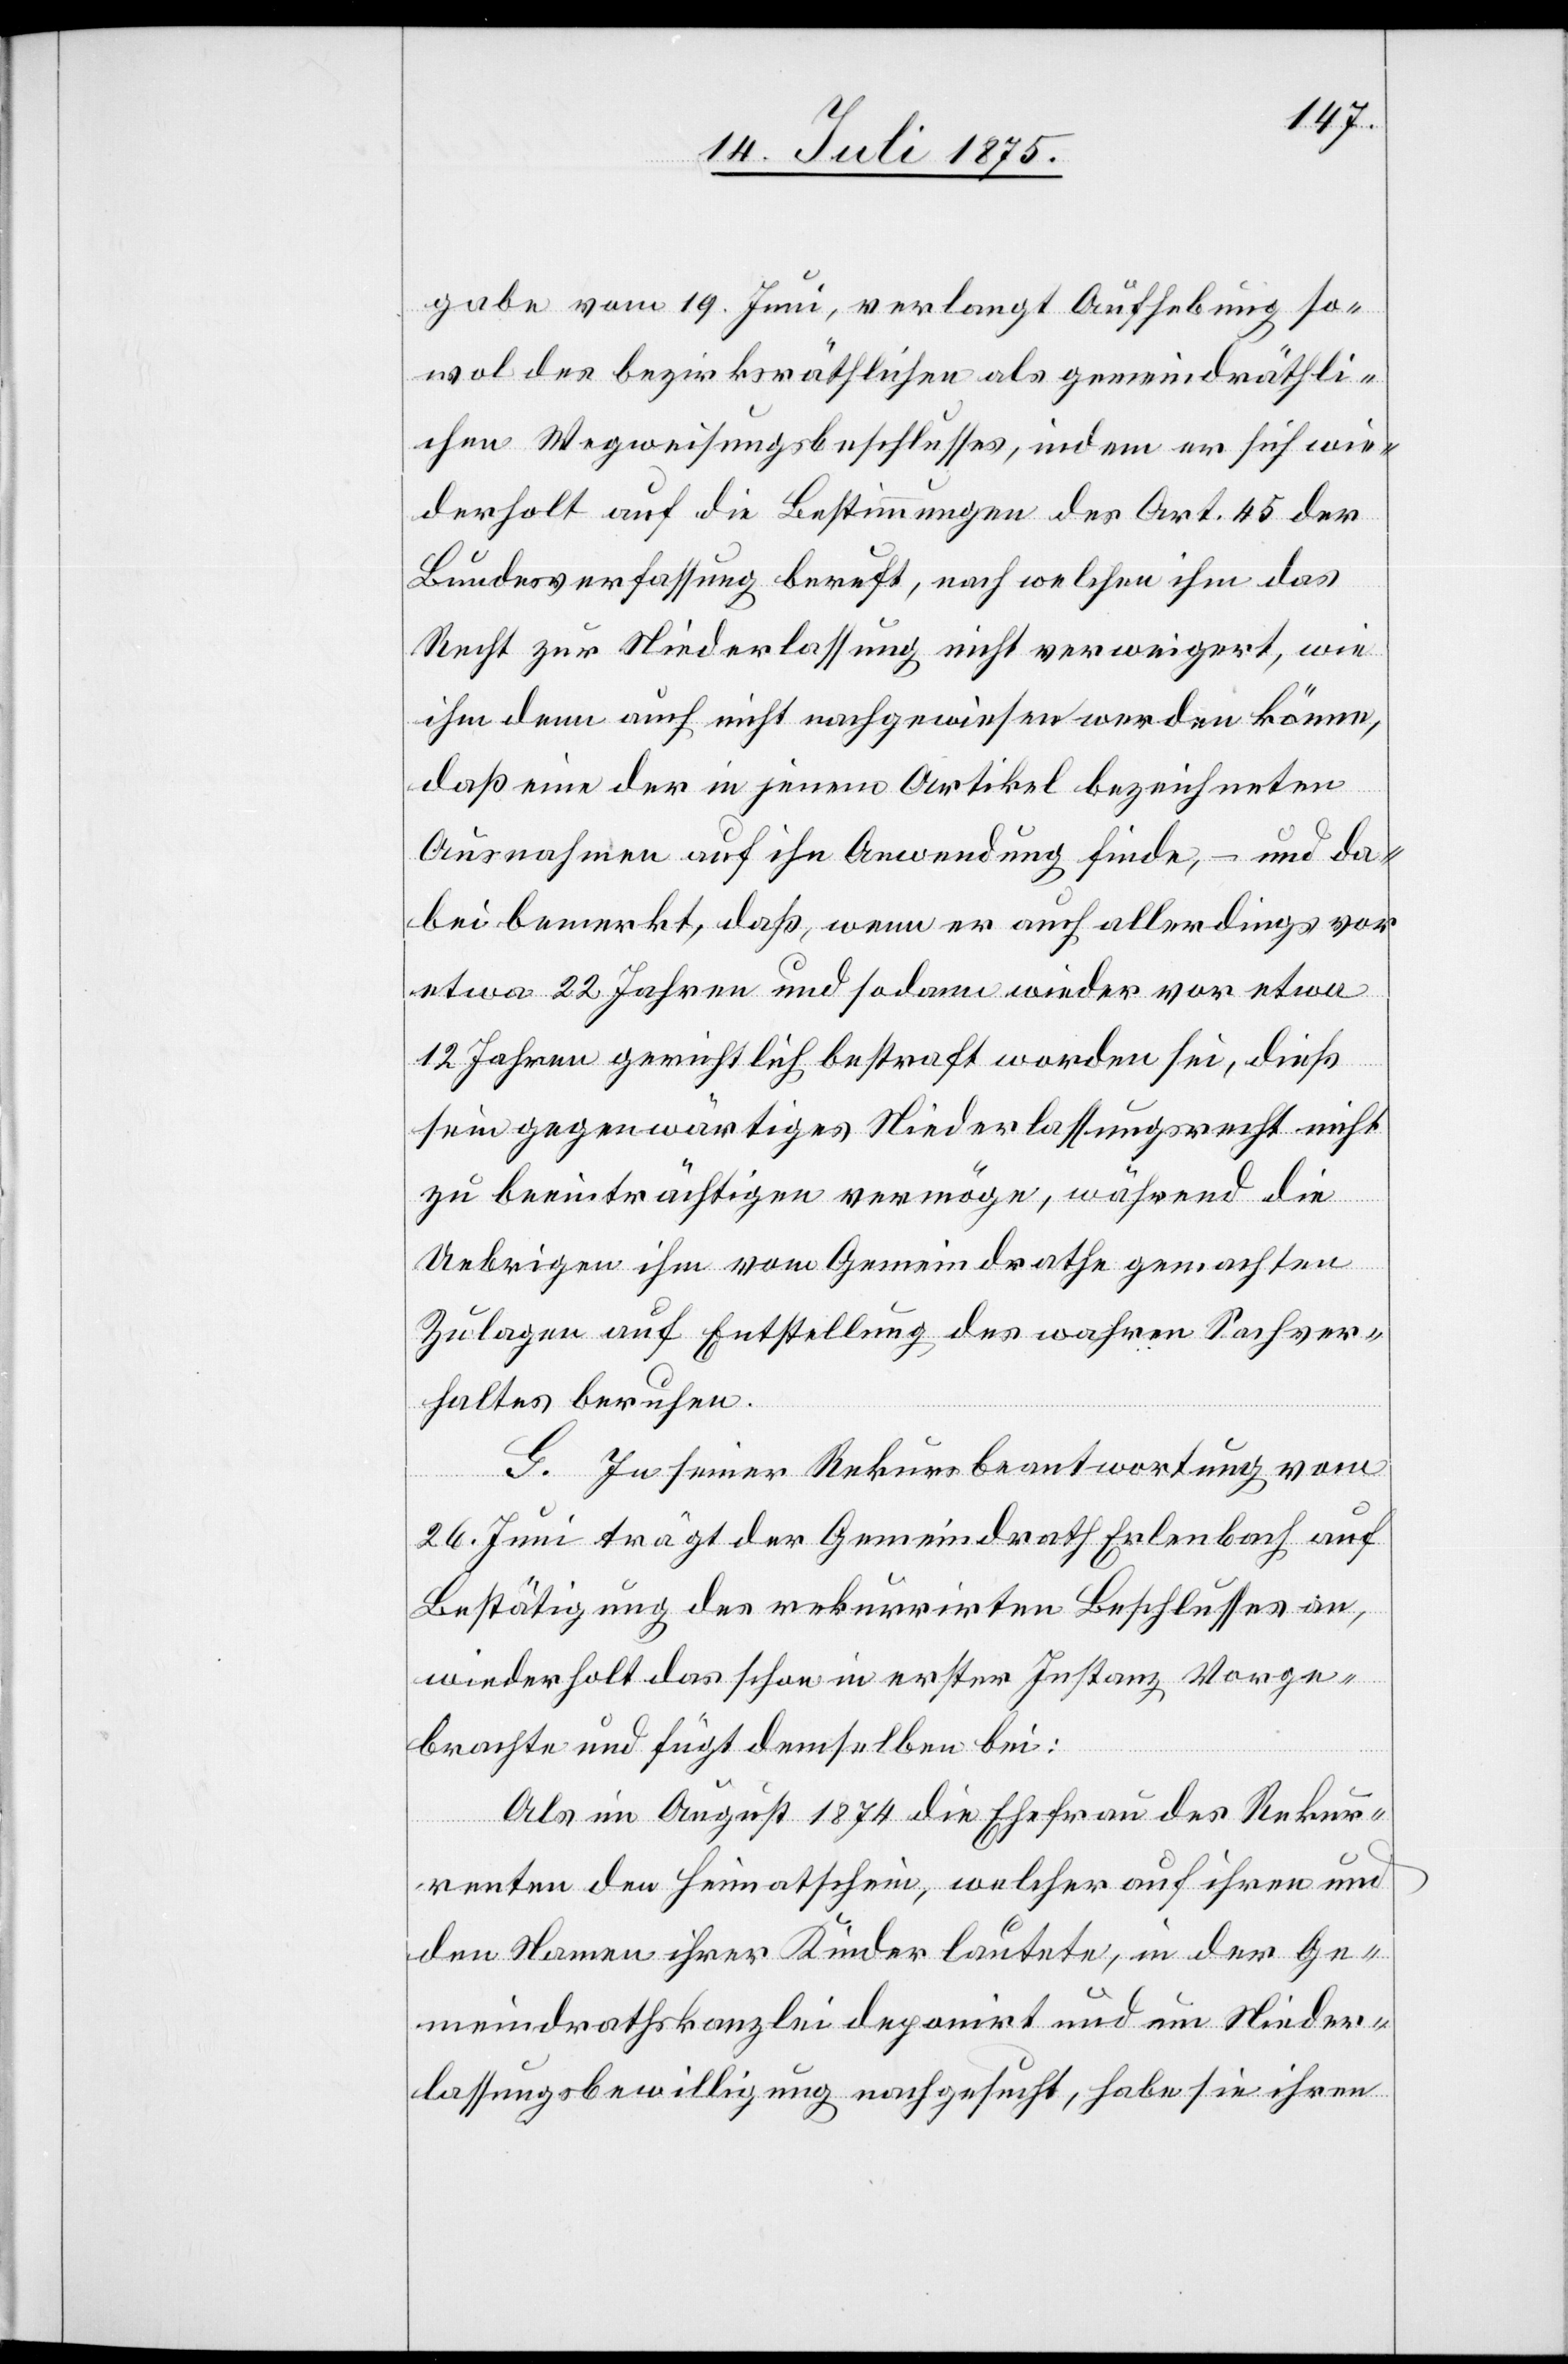
gabe vom 19. Juni, verlangt Aufhebung so¬
wol des bezirksräthlichen als gemeindräthli¬
chen Wegweisungsbeschlusses, indem er sich wie¬
derholt auf die Bestimmungen des Art. 45 der
Bundesverfassung beruft, nach welchen ihm das
Recht zur Niederlassung nicht verweigert, wie
ihm denn auch nicht nachgewiesen werden könne,
daß eine der in jenem Artikel bezeichneten
Ausnahmen auf ihn Anwendung finde, – und da¬
bei bemerkt, daß, wenn er auch allerdings vor
etwa 22 Jahren und so dann wieder vor etwa
12 Jahren gerichtlich bestraft worden sei, dieß
sein gegenwärtiges Niederlassungsrecht nicht
zu beeinträchtigen vermöge, während die
Uebrigen ihm vom Gemeindrathe gemachten
Zulagen auf Entstellung des wahren Sachver¬
haltes beruhen.
G. In seiner Rekursbeantwortung vom
26. Juni trägt der Gemeindrath Erlenbach auf
Bestätigung des rekurrirten Beschlusses an,
wiederholt das schon in erster Instanz Vorge¬
brachte und fügt demselben bei:
Als im August 1874 die Ehefrau des Rekur¬
renten den Heimatschein, welcher auf ihren und
den Namen ihrer Kinder lautete, in der Ge¬
meindrathskanzlei deponirt und um Nieder¬
lassungsbewilligung nachgesucht, habe sie ihren